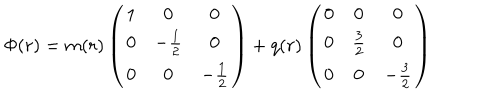
\Phi ( r ) = m ( r ) \left( \begin{array} { c c c } { { 1 } } & { { 0 } } & { { 0 } } \\ { { 0 } } & { { - \frac { 1 } { 2 } } } & { { 0 } } \\ { { 0 } } & { { 0 } } & { { - \frac { 1 } { 2 } } } \\ \end{array} \right) + q ( r ) \left( \begin{array} { c c c } { { 0 } } & { { 0 } } & { { 0 } } \\ { { 0 } } & { { \frac { 3 } { 2 } } } & { { 0 } } \\ { { 0 } } & { { 0 } } & { { - \frac { 3 } { 2 } } } \\ \end{array} \right)